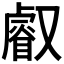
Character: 𠮉